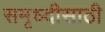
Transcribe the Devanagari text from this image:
समृध्दीसाठी